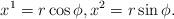
LaTeX: \begin{align*}x^{1}=r\cos\phi,x^{2}=r\sin\phi.\end{align*}